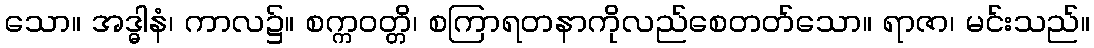
သော။ အဒ္ဓါနံ၊ ကာလ၌။ စက္ကဝတ္တိ၊ စကြာရတနာကိုလည်စေတတ်သော။ ရာဇာ၊ မင်းသည်။